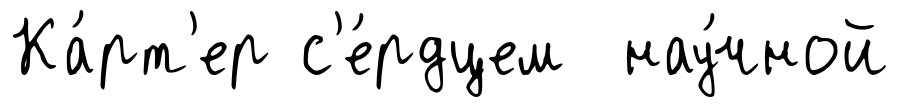
Ка́рт'ер с'е́рдцем нау́чной